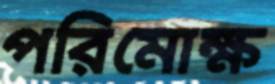
পরিমোক্ষ